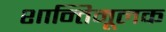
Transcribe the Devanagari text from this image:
शान्तिमूलक